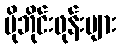
မိုဘိုင်းဖုန်းများ